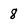
Character: 8